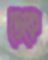
ডেকে